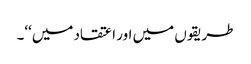
طریقوں میں اور اعتقاد میں‘‘۔